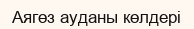
Аягөз ауданы көлдері